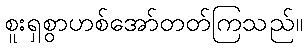
စူးရှစွာဟစ်အော်တတ်ကြသည်။